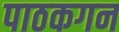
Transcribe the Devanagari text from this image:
पाठकगन